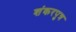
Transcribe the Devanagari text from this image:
शंकरपुत्र